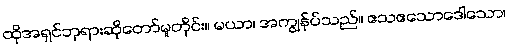
ထိုအရှင်ဘုရားဆိုတော်မူတိုင်း။ မယာ၊ အကျွန်ုပ်သည်။ ဧသဧသောဒေါသော၊